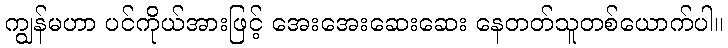
ကျွန်မဟာ ပင်ကိုယ်အားဖြင့် အေးအေးဆေးဆေး နေတတ်သူတစ်ယောက်ပါ။